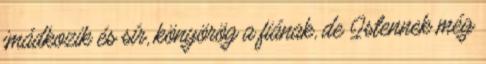
imádkozik és sír, könyörög a fiának, de Istennek még